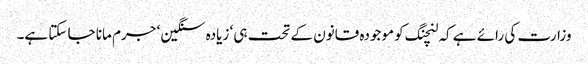
وزارت کی رائے ہے کہ لنچنگ کو موجودہ قانون کے تحت ہی ‘ زیادہ سنگین ‘ جرم مانا جا سکتا ہے۔